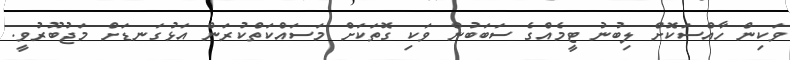
ވަކިން ހާއްސަކޮށް ލިބުނު ޓީމެއްގެ ސަބަބުން ވަކި ގޮތަކަށް މަސައްކަތްކުރަން އަޅުގަނޑަށް މަޖުބޫރުވީ.